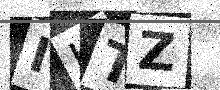
Text: IITZ